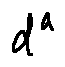
d ^ { a }